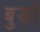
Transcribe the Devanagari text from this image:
बुड़ो